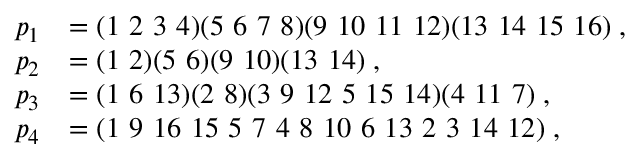
\begin{array} { r l } { p _ { 1 } } & { = ( 1 \ 2 \ 3 \ 4 ) ( 5 \ 6 \ 7 \ 8 ) ( 9 \ 1 0 \ 1 1 \ 1 2 ) ( 1 3 \ 1 4 \ 1 5 \ 1 6 ) \; , } \\ { p _ { 2 } } & { = ( 1 \ 2 ) ( 5 \ 6 ) ( 9 \ 1 0 ) ( 1 3 \ 1 4 ) \; , } \\ { p _ { 3 } } & { = ( 1 \ 6 \ 1 3 ) ( 2 \ 8 ) ( 3 \ 9 \ 1 2 \ 5 \ 1 5 \ 1 4 ) ( 4 \ 1 1 \ 7 ) \; , } \\ { p _ { 4 } } & { = ( 1 \ 9 \ 1 6 \ 1 5 \ 5 \ 7 \ 4 \ 8 \ 1 0 \ 6 \ 1 3 \ 2 \ 3 \ 1 4 \ 1 2 ) \; , } \end{array}